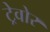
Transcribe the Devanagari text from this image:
ट्रेवोर